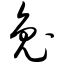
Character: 兔